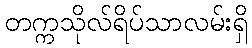
တက္ကသိုလ်ရိပ်သာလမ်းရှိ